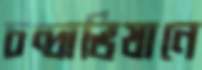
চন্দ্রাভিযানে